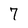
Character: 7